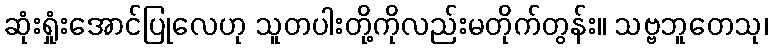
ဆုံးရှုံးအောင်ပြုလေဟု သူတပါးတို့ကိုလည်းမတိုက်တွန်း။ သဗ္ဗဘူတေသု၊